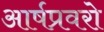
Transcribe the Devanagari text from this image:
आर्षप्रवरो